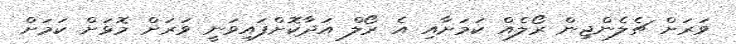
ވަރަށް ޗެލެންޖިން ރޯލެއް ކަމަށާއި އެ ރޯލް އަދާކޮށްފައިވަނީ ވަރަށް މޮޅަށް ކަމަށް